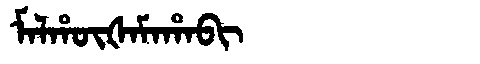
Manchu: ᠮᠠᠯᡥᡡᡧᠠᠮᠠᡥᠠᠪᡳ
Romanization: MALHŪŠAMAHABI